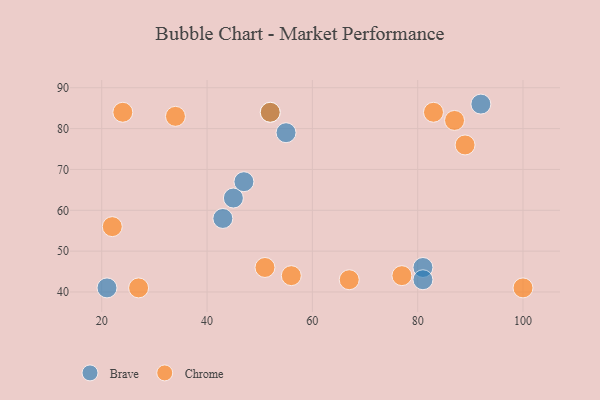
{"axis": {"x": "GDP", "y": "Life Expectancy"}, "legend": ["Brave", "Chrome"], "data": [{"x": "43", "y": 58, "type": "Brave"}, {"x": "81", "y": 46, "type": "Brave"}, {"x": "45", "y": 63, "type": "Brave"}, {"x": "92", "y": 86, "type": "Brave"}, {"x": "55", "y": 79, "type": "Brave"}, {"x": "81", "y": 43, "type": "Brave"}, {"x": "47", "y": 67, "type": "Brave"}, {"x": "21", "y": 41, "type": "Brave"}, {"x": "52", "y": 84, "type": "Brave"}, {"x": "100", "y": 41, "type": "Chrome"}, {"x": "83", "y": 84, "type": "Chrome"}, {"x": "27", "y": 41, "type": "Chrome"}, {"x": "77", "y": 44, "type": "Chrome"}, {"x": "24", "y": 84, "type": "Chrome"}, {"x": "87", "y": 82, "type": "Chrome"}, {"x": "67", "y": 43, "type": "Chrome"}, {"x": "51", "y": 46, "type": "Chrome"}, {"x": "22", "y": 56, "type": "Chrome"}, {"x": "34", "y": 83, "type": "Chrome"}, {"x": "52", "y": 84, "type": "Chrome"}, {"x": "89", "y": 76, "type": "Chrome"}, {"x": "56", "y": 44, "type": "Chrome"}]}